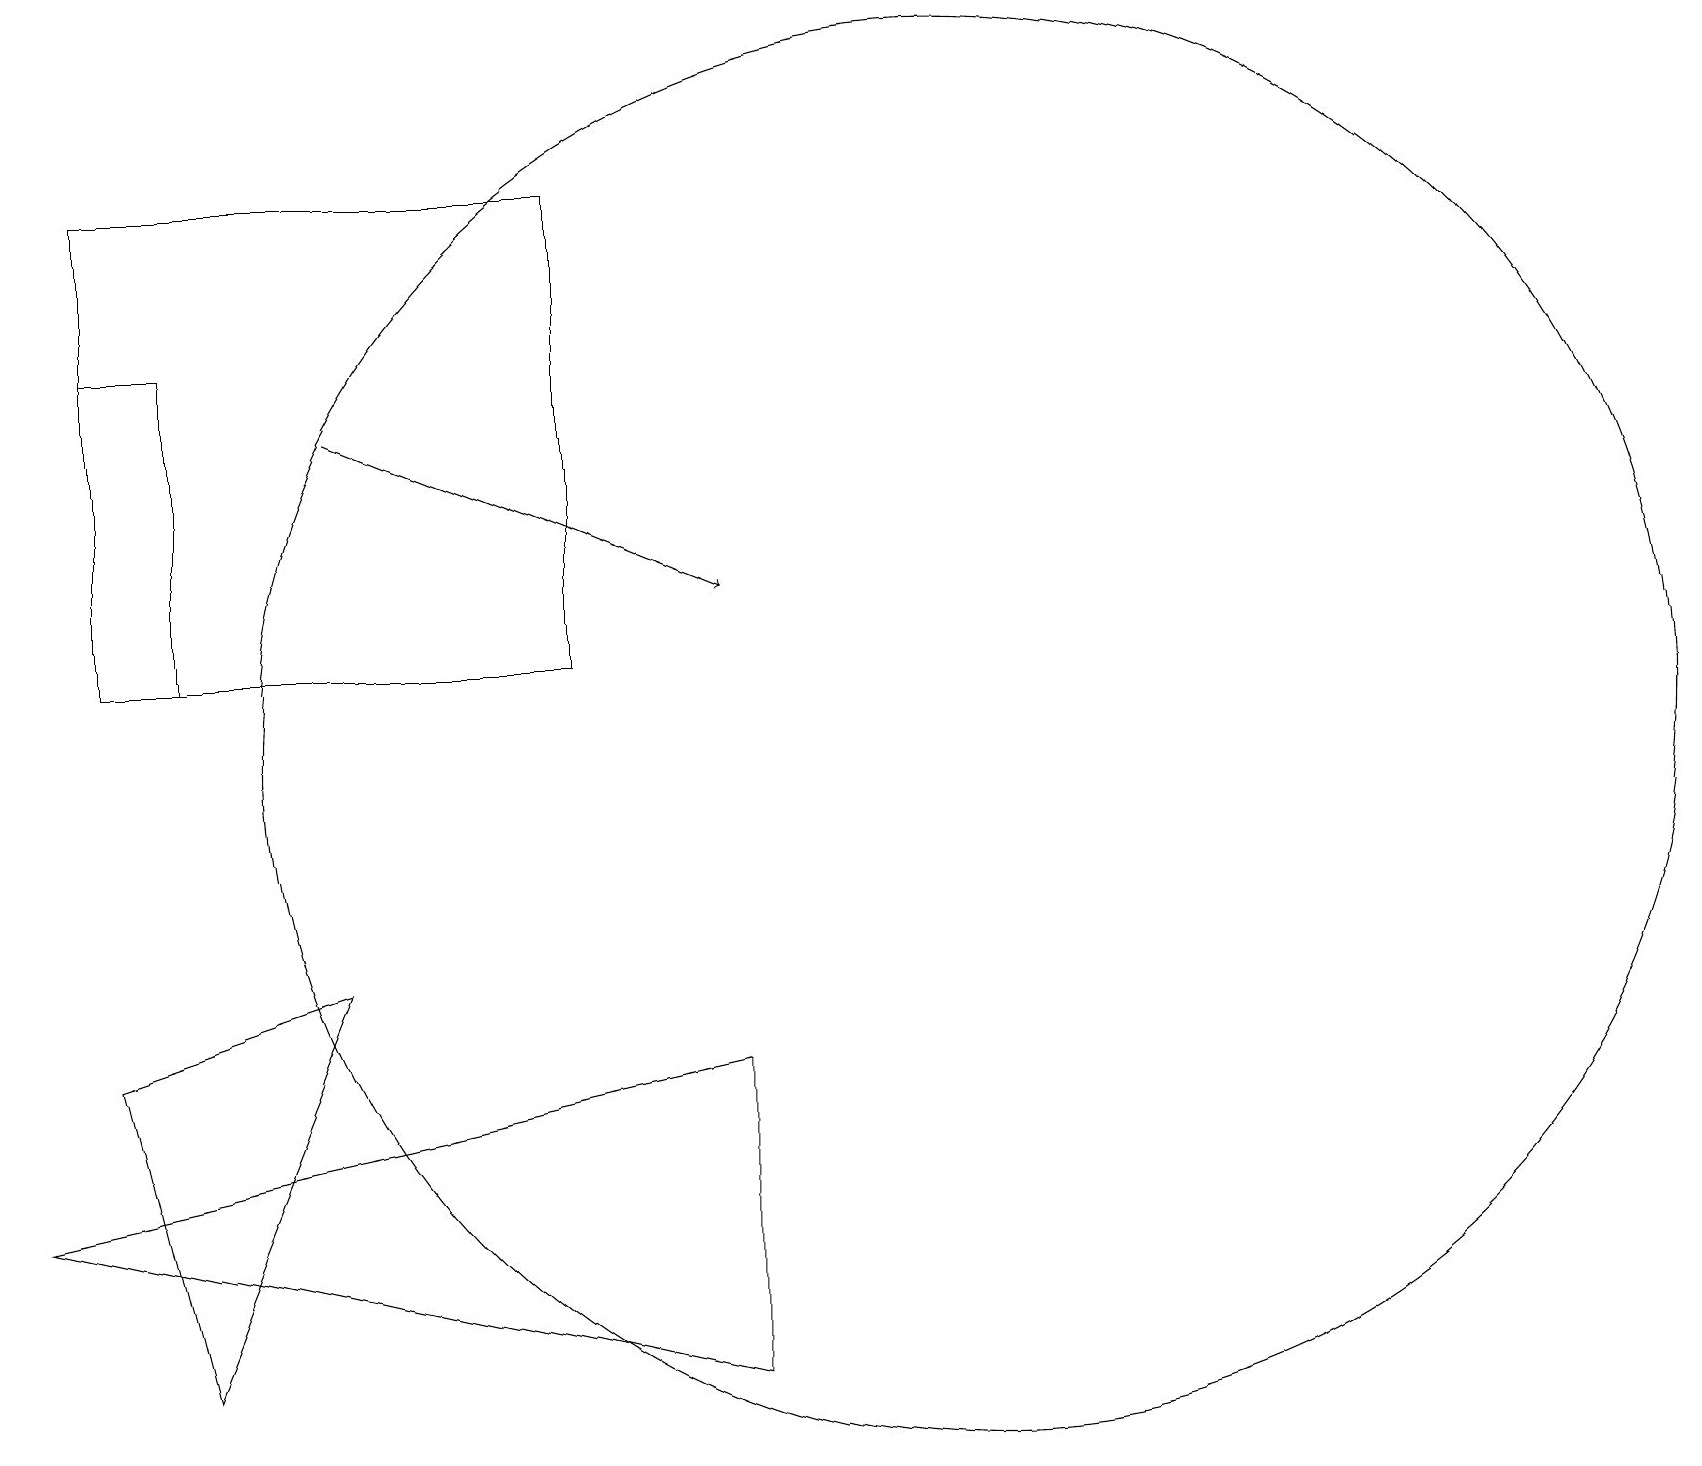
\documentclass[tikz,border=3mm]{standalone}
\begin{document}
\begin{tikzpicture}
\draw (9,7) -- (0,5) -- (9,3) -- cycle;
\draw[->] (4,15) -- (9,13);
\draw (7,18) rectangle (1,12);
\draw (12,11) circle (9);
\draw (1,7) -- (2,3) -- (4,8) -- cycle;
\draw (1,12) rectangle (2,16);
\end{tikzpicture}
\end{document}